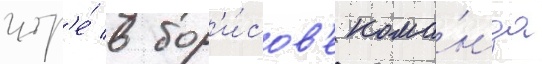
игр'е́ в бор'и́сов'е кома́нда